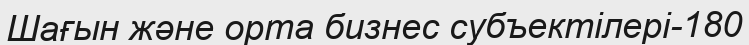
Шағын және орта бизнес субъектілері-180